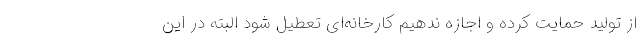
از تولید حمایت کرده و اجازه ندهیم کارخانه‌ای تعطیل شود البته در این